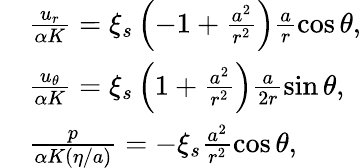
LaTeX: \begin{array}{rl}&{\frac{u_{r}}{\alpha K}=\xi_{s}\left(-1+\frac{a^{2}}{r^{2}}\right)\frac{a}{r}\cos\theta,}\\ &{\frac{u_{\theta}}{\alpha K}=\xi_{s}\left(1+\frac{a^{2}}{r^{2}}\right)\frac{a}{2r}\sin\theta,}\\ &{\frac{p}{\alpha K(\eta/a)}=-\xi_{s}\frac{a^{2}}{r^{2}}\cos\theta,}\end{array}